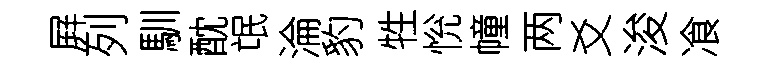
屛列馴酖氓淪豹牲恱幢两爻浚飡